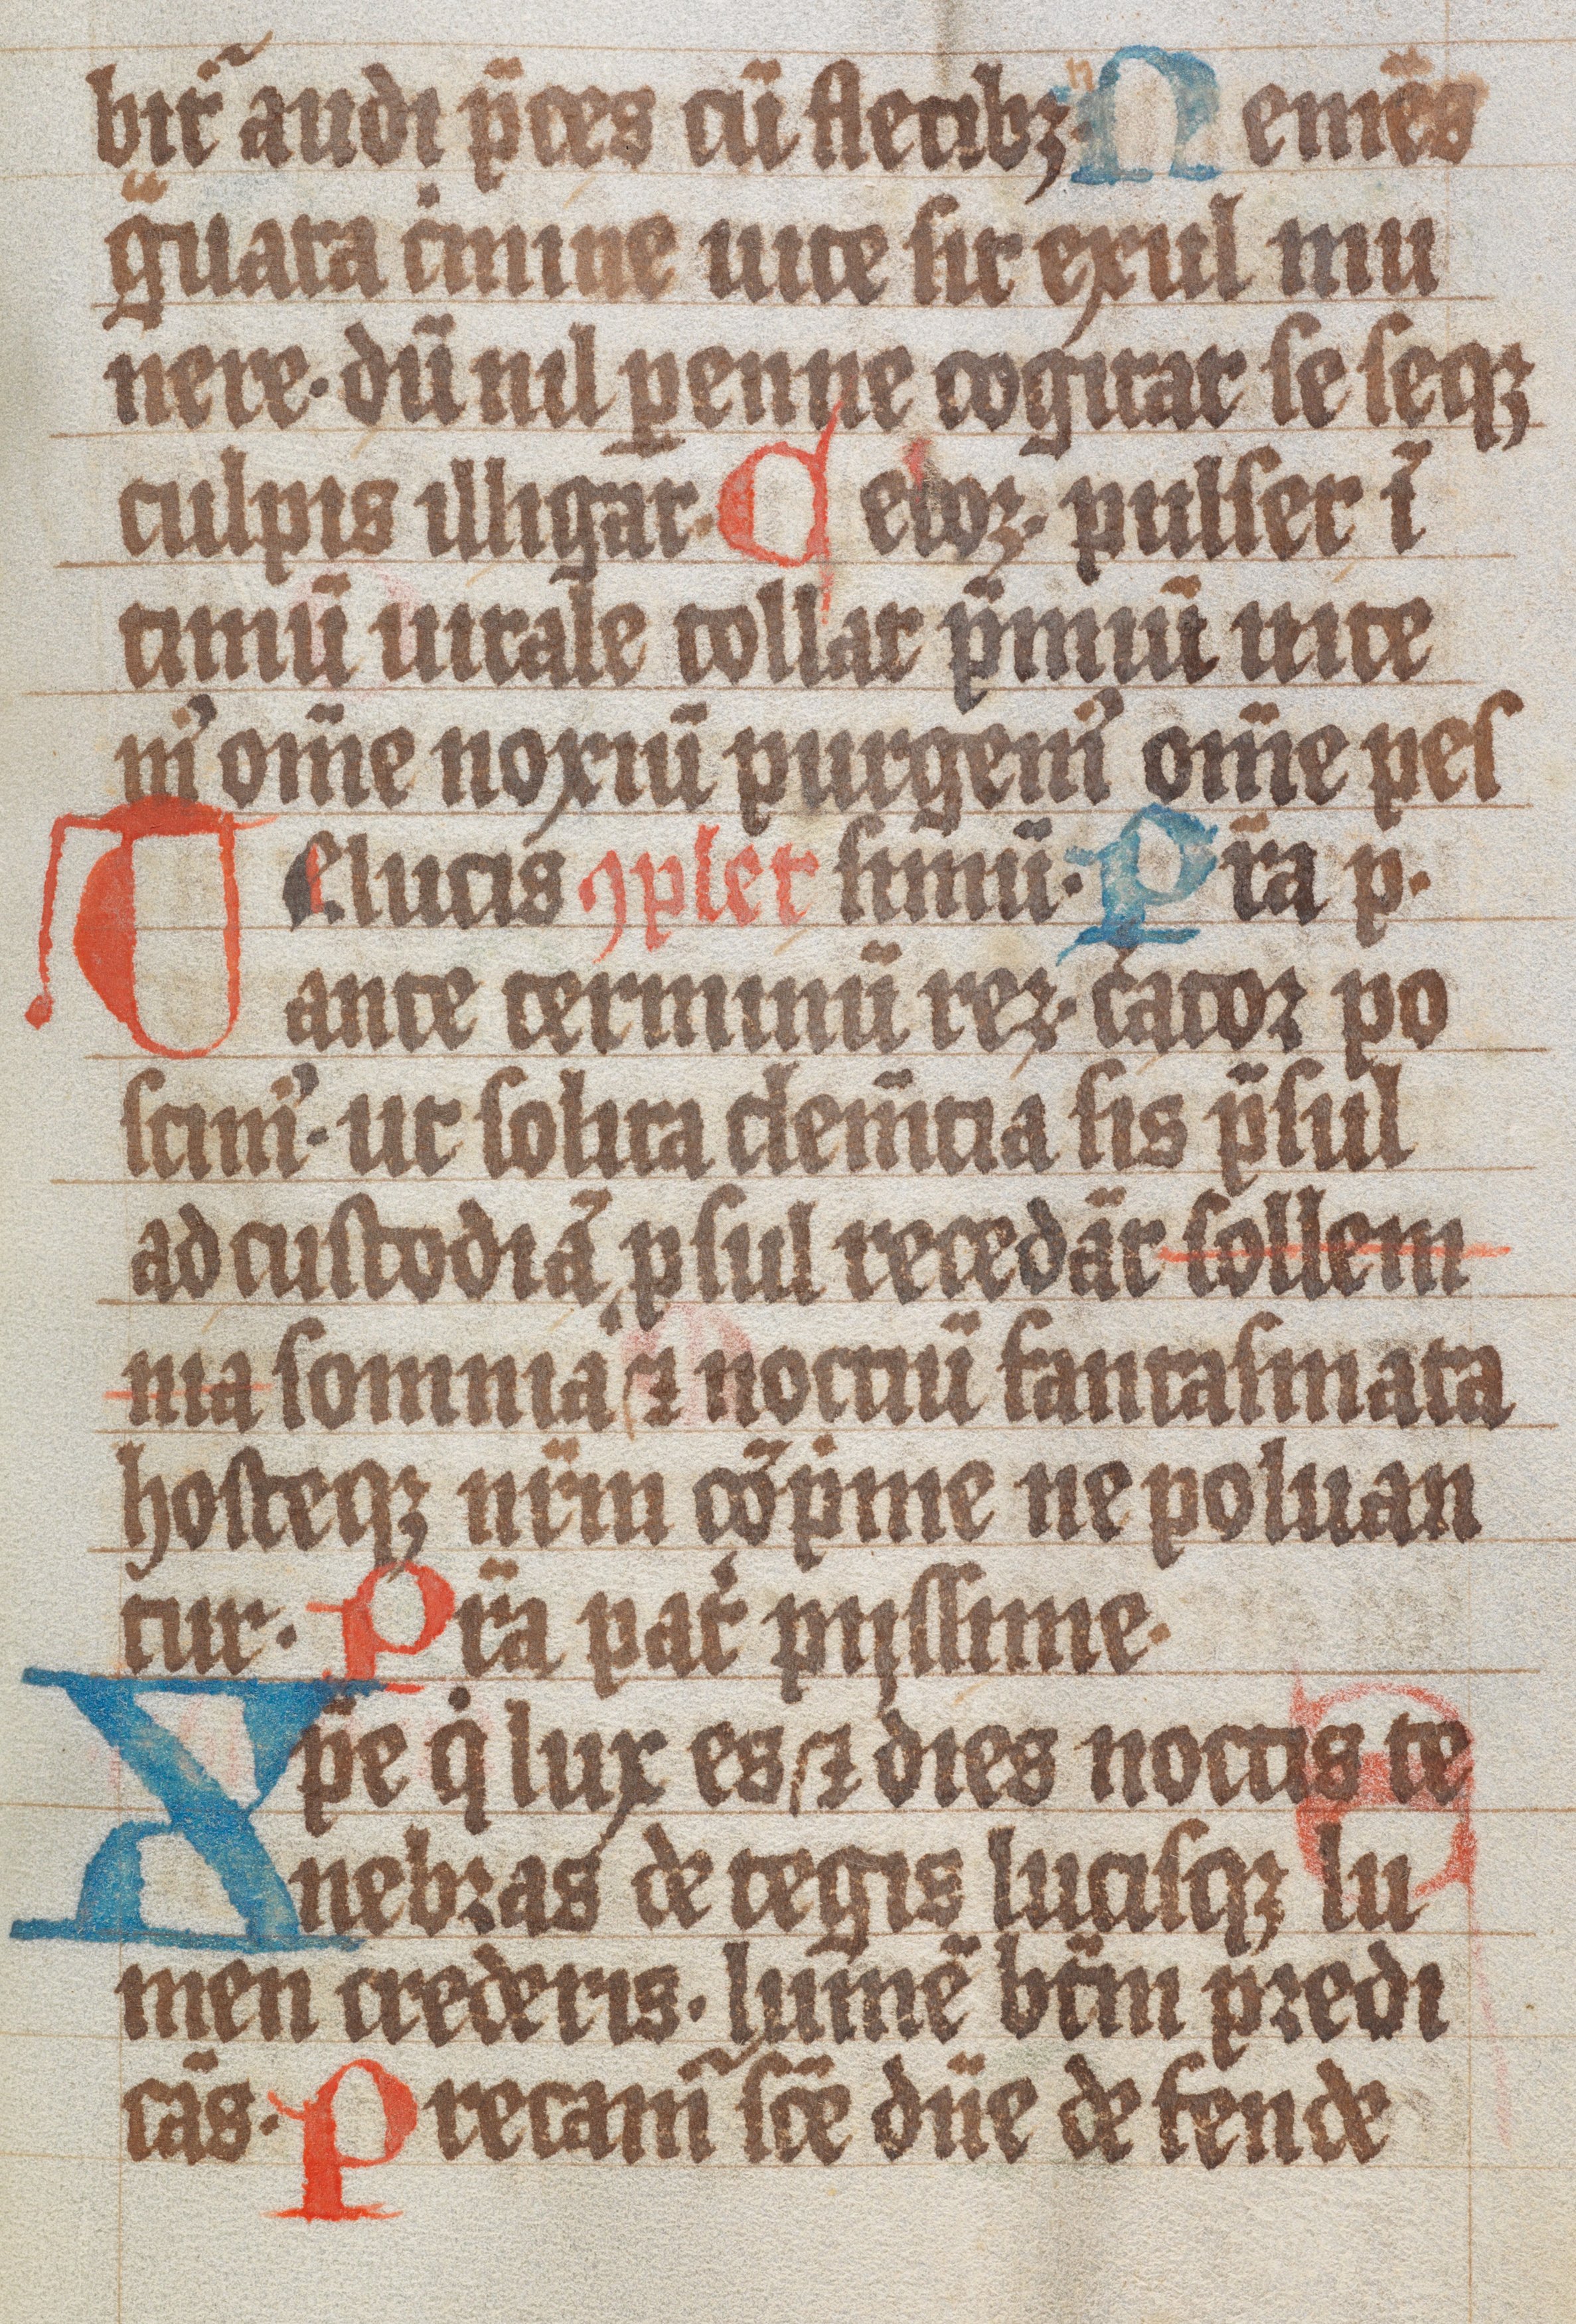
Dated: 1300–1499